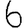
Digit: 6